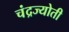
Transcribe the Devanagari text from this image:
चंद्रज्योती